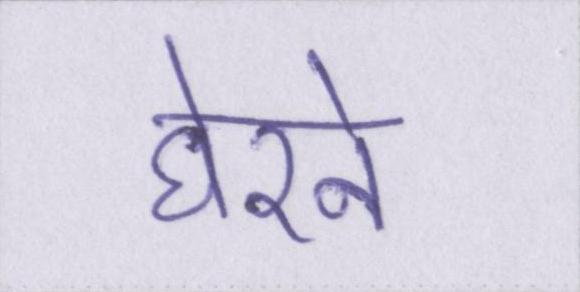
घेरने